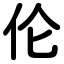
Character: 伦